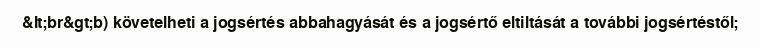
&lt;br&gt;b) követelheti a jogsértés abbahagyását és a jogsértő eltiltását a további jogsértéstől;